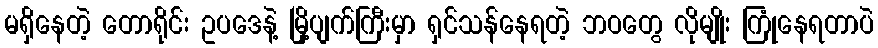
မရှိနေတဲ့ တောရိုင်း ဥပဒေနဲ့ မြို့ပျက်ကြီးမှာ ရှင်သန်နေရတဲ့ ဘဝတွေ လိုမျိုး ကြုံနေရတာပဲ